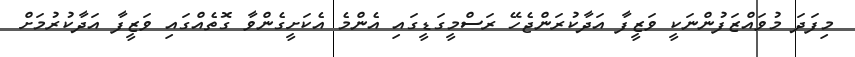
މިފަދަ މުވައްޒަފުންނަކީ ވަޒީފާ އަދާކުރަންޖެހޭ ރަސްމީގަޑީގައި އެންމެ އެކަށީގެންވާ ގޮތެއްގައި ވަޒީފާ އަދާކުރުމަށް